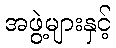
အဖွဲ့များနှင့်